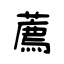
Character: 薦